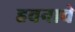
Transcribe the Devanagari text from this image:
हवनाचे